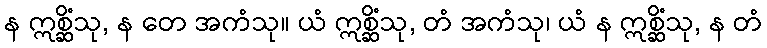
န ဣစ္ဆိံသု, န တေ အကံသု။ ယံ ဣစ္ဆိံသု, တံ အကံသု၊ ယံ န ဣစ္ဆိံသု, န တံ